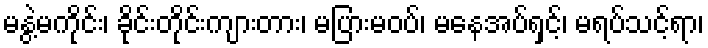
မနွဲ့မကိုင်း၊ ခိုင်းတိုင်းကျားတား၊ မပြားမဝပ်၊ မနေအပ်ရှင့်၊ မရပ်သင့်ရာ၊